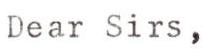
Dear Sirs,